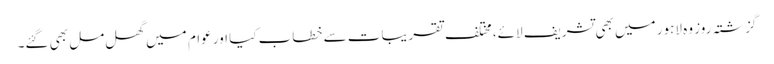
گزشتہ روز وہ لاہور میں بھی تشریف لائے، مختلف تقریبات سے خطاب کیا اور عوام میں گھل مل بھی گئے۔